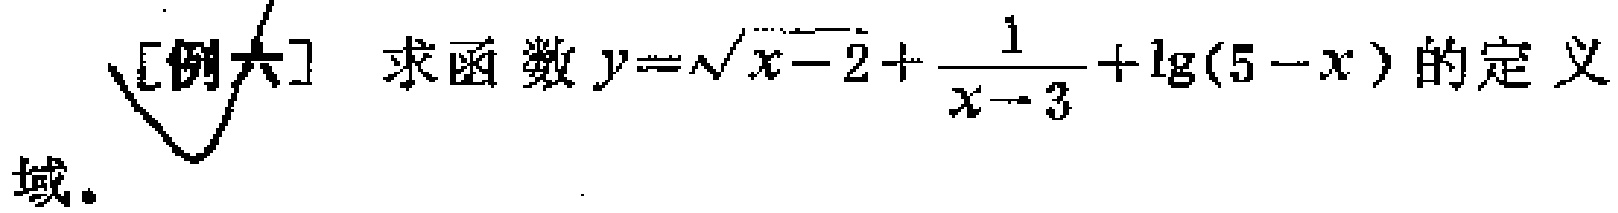
[例六] 求函数\(y = \sqrt{x - 2}+\frac{1}{x - 3}+\lg(5 - x)\)的定义域。